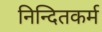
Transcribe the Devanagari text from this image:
निन्दितकर्म